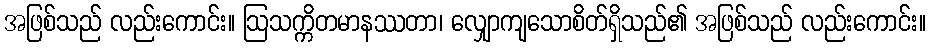
အဖြစ်သည် လည်းကောင်း။ ဩသက္ကိတမာနဿတာ၊ လျှောကျသောစိတ်ရှိသည်၏ အဖြစ်သည် လည်းကောင်း။